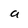
Character: a